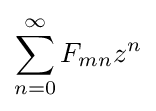
\sum _{n=0}^{\infty }F_{mn}z^{n}